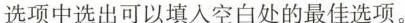
选项中选出可以填入空白处的最佳选项。